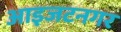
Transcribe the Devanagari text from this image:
आइजटनगर